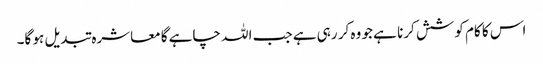
اس کا کام کوشش کرنا ہے جو وہ کر رہی ہے جب اللہ چاہے گا معاشرہ تبدیل ہو گا۔